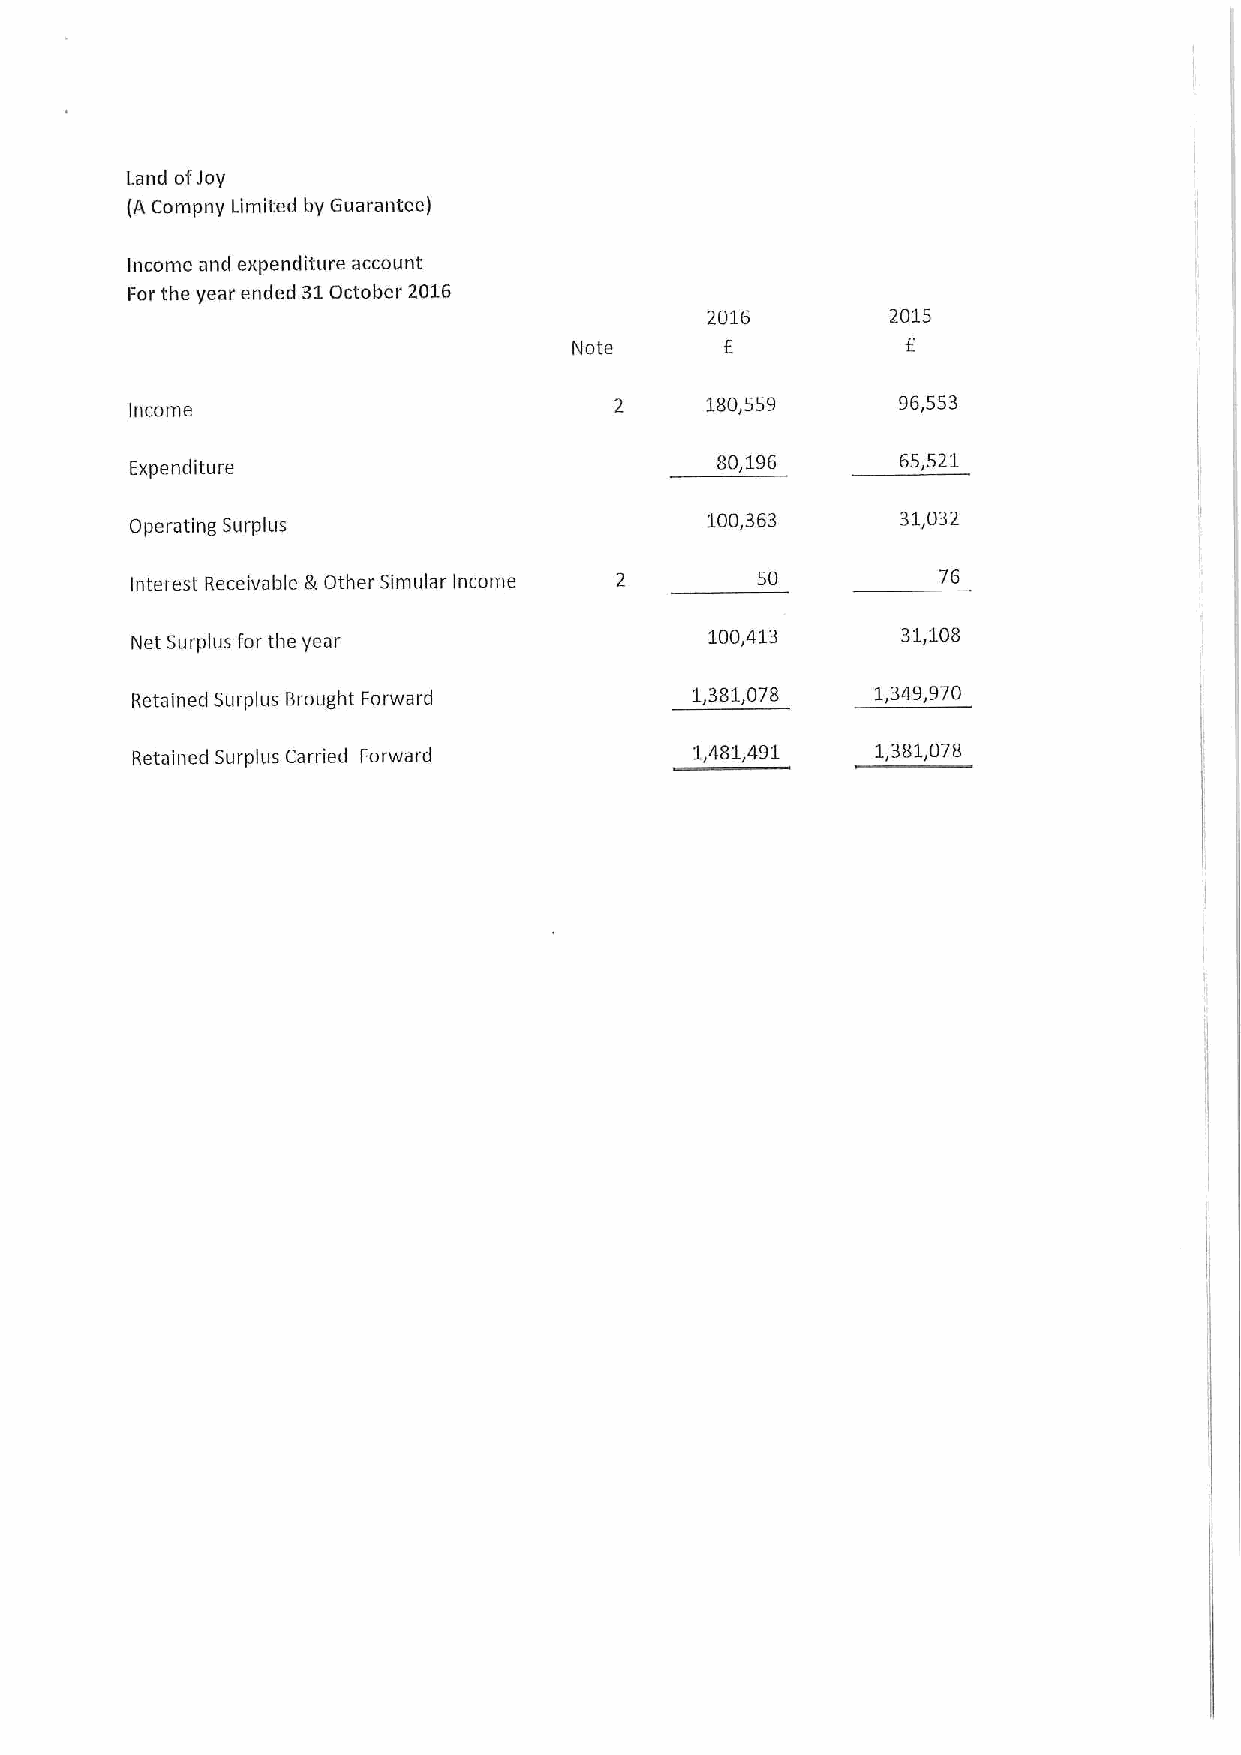
Land ofJoy
 (A Comp ny Limited by Guarantee)
 Income and expenditure account
 For the year ended 31October 2016
 2016        2015
 f
 Note      E
 180,559     96,553
 Income
 Expenditure
 80,196       65,521
 100,363      31,032
 Operating Surplus
 interest Receivable 5Other Simular income 50         76
 Net Surplus for the year              100,413      31,108
 Retained Surplus Brought Forward     1,381,078   1,349,970
 Retained Surplus Carried Forward
 1,481,491   1,381,078